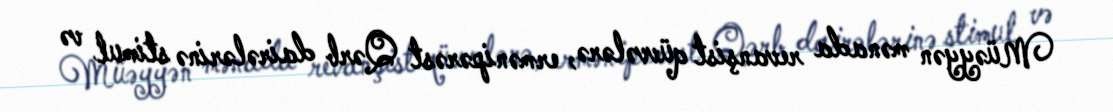
Müəyyən mənada revanşist qüvvələrə, ermənipərəst Qərb dairələrinə stimul və